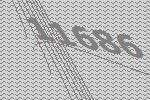
11686